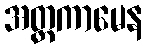
အတ္ထကာမေန